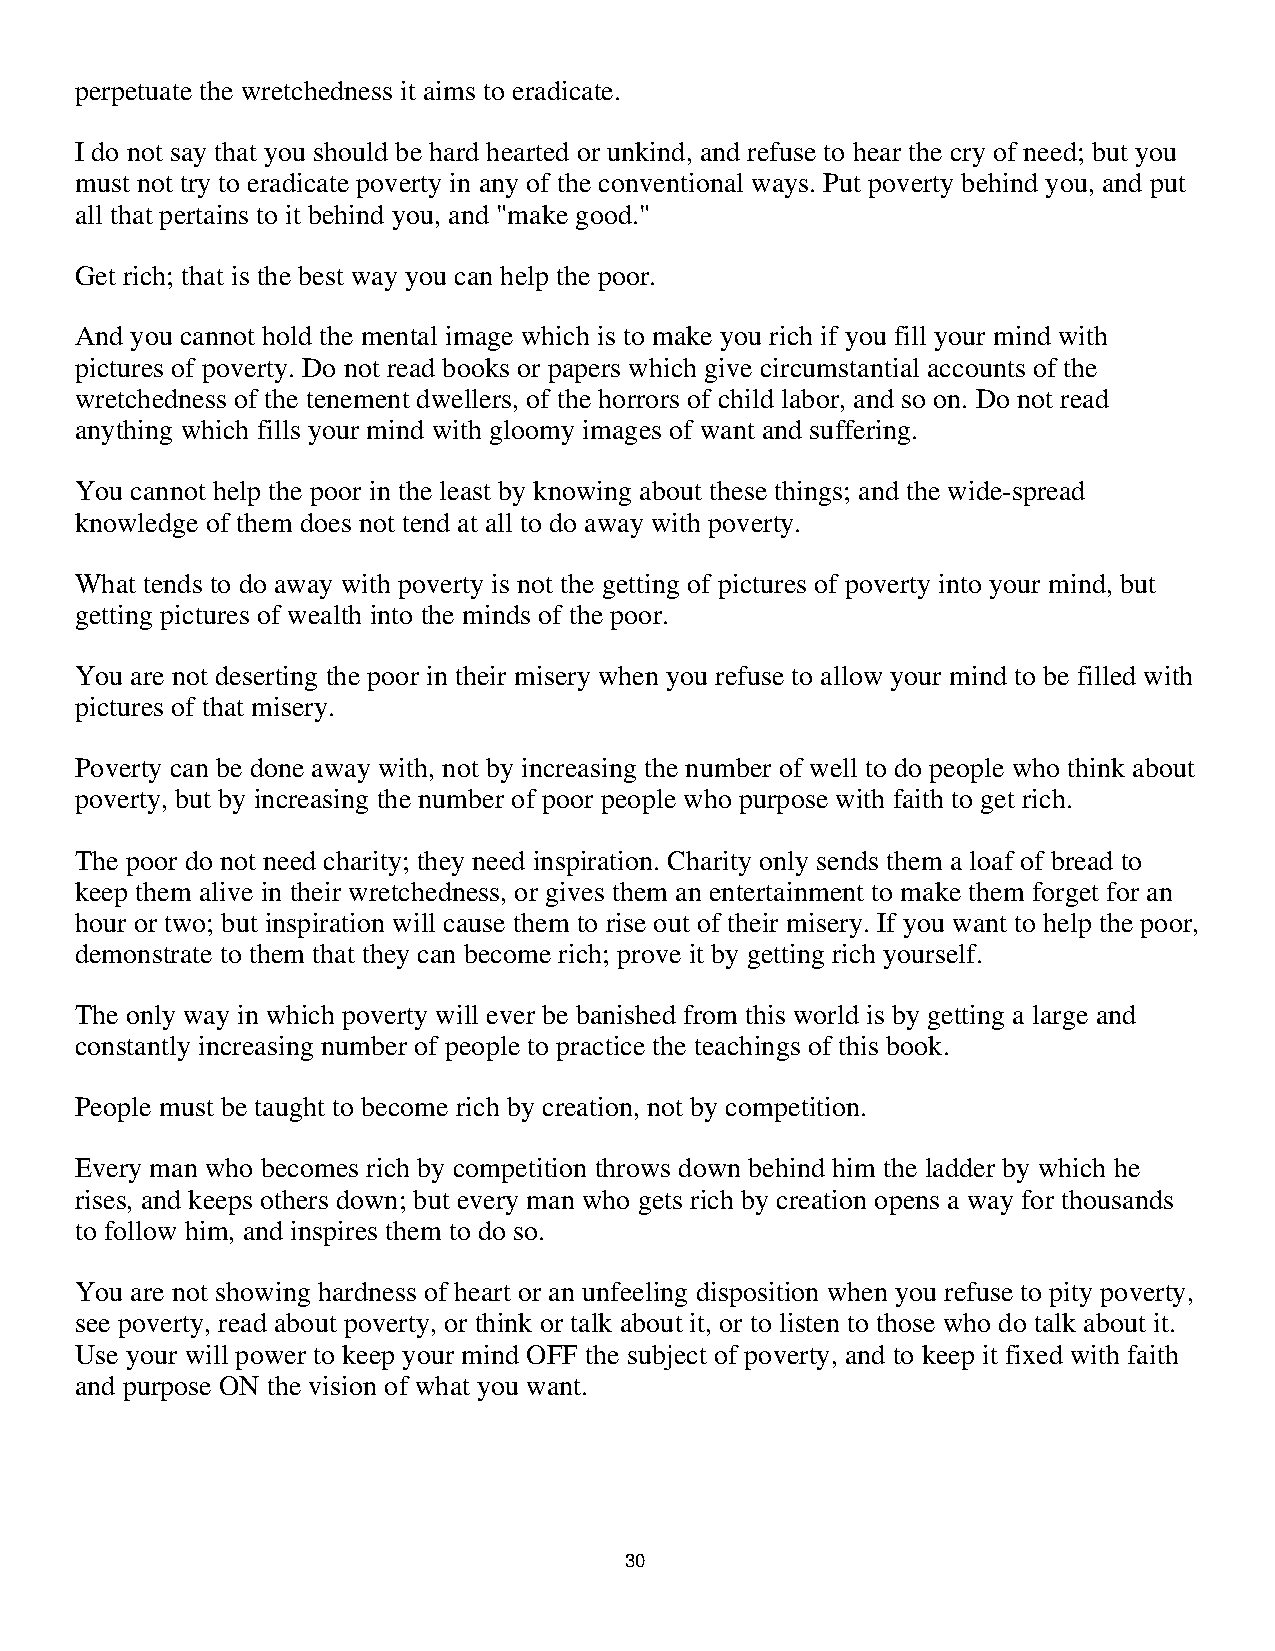
perpetuate the wretchedness it aims to eradicate.
 I do not say that you should be hard hearted or unkind, and refuse to hear the cry of need; but you
 must not try to eradicate poverty in any of the conventional ways. Put poverty behind you, and put
 all that pertains to it behind you, and "make good."
 Get rich; that is the best way you can help the poor.
 And you cannot hold the mental image which is to make you rich if you fill your mind with
 pictures of poverty. Do not read books or papers which give circumstantial accounts of the
 wretchedness of the tenement dwellers, of the horrors of child labor, and so on. Do not read
 anything which fills your mind with gloomy images of want and suffering.
 You cannot help the poor in the least by knowing about these things; and the wide-spread
 knowledge of them does not tend at all to do away with poverty.
 What tends to do away with poverty is not the getting of pictures of poverty into your mind, but
 getting pictures of wealth into the minds of the poor.
 You are not deserting the poor in their misery when you refuse to allow your mind to be filled with
 pictures of that misery.
 Poverty can be done away with, not by increasing the number of well to do people who think about
 poverty, but by increasing the number of poor people who purpose with faith to get rich.
 The poor do not need charity; they need inspiration. Charity only sends them a loaf of bread to
 keep them alive in their wretchedness, or gives them an entertainment to make them forget for an
 hour or two; but inspiration will cause them to rise out of their misery. If you want to help the poor,
 demonstrate to them that they can become rich; prove it by getting rich yourself.
 The only way in which poverty will ever be banished from this world is by getting a large and
 constantly increasing number of people to practice the teachings of this book.
 People must be taught to become rich by creation, not by competition.
 Every man who becomes rich by competition throws down behind him the ladder by which he
 rises, and keeps others down; but every man who gets rich by creation opens a way for thousands
 to follow him, and inspires them to do so.
 You are not showing hardness of heart or an unfeeling disposition when you refuse to pity poverty,
 see poverty, read about poverty, or think or talk about it, or to listen to those who do talk about it.
 Use your will power to keep your mind OFF the subject of poverty, and to keep it fixed with faith
 and purpose ON the vision of what you want.
 3300